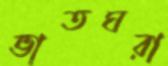
ভাতঘরা